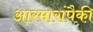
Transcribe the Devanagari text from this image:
आरमारांपैकी